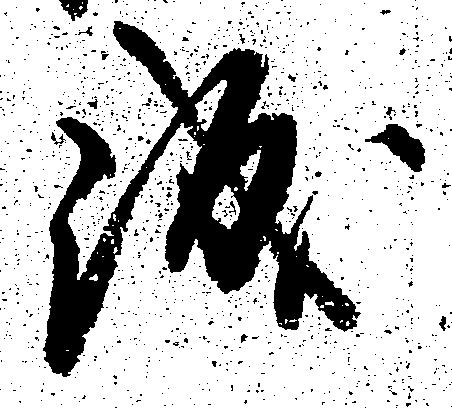
誠